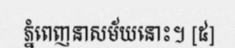
ភ្នំពេញនាសម័យនោះ។ [៥]